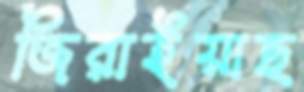
জিরাইয়াছ